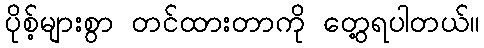
ပိုစ့်များစွာ တင်ထားတာကို တွေ့ရပါတယ်။